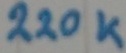
Text: 220K